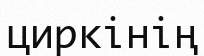
циркінің